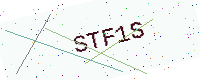
Text: STF1S